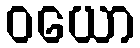
ဝယော